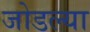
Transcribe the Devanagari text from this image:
जोडल्‍या